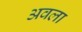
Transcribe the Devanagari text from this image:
अवला